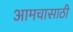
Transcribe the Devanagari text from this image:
आमचासाठी